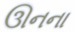
ઊનના